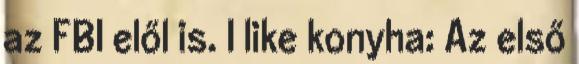
az FBI elől is. I like konyha: Az első